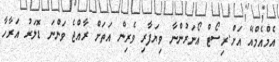
އެމްއެމްއޭ އަށް.ރިސޯޓް އޯނަރުންނާ ވިޔަފާރި ވެރިން އަތަށް ރާއްޖެ ވަންނަ ޑޮލަރު އަރާހާ